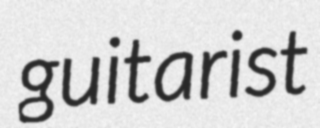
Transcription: guitarist